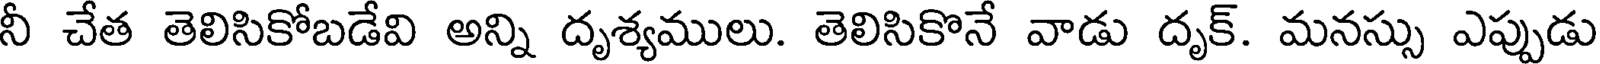
నీ చేత తెలిసికోబడేవి అన్ని దృశ్యములు. తెలిసికొనే వాడు దృక్. మనస్సు ఎప్పుడు